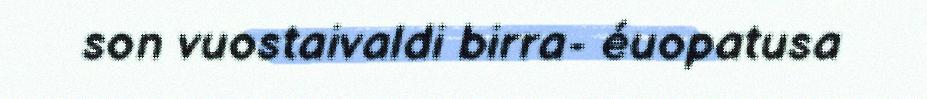
son vuostaivaldi birra- éuopatusa